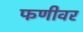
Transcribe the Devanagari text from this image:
फणीवर